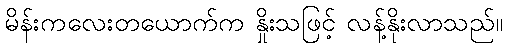
မိန်းကလေးတယောက်က နှိုးသဖြင့် လန့်နိုးလာသည်။